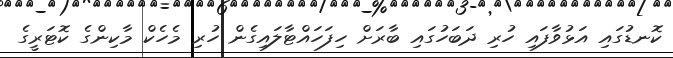
ކޮނޑުގައި އަޅުވާފައި ހުރި ދަބަހުގައި ބާރަށް ހިފަހައްޓާލައިގެން ހުރި މެހެކް މާކިންގެ ކޮޓަރީގެ